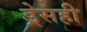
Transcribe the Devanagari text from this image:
ड्रेसही